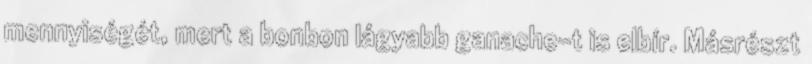
mennyiségét, mert a bonbon lágyabb ganache-t is elbír. Másrészt